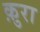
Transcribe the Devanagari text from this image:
क़ुरा